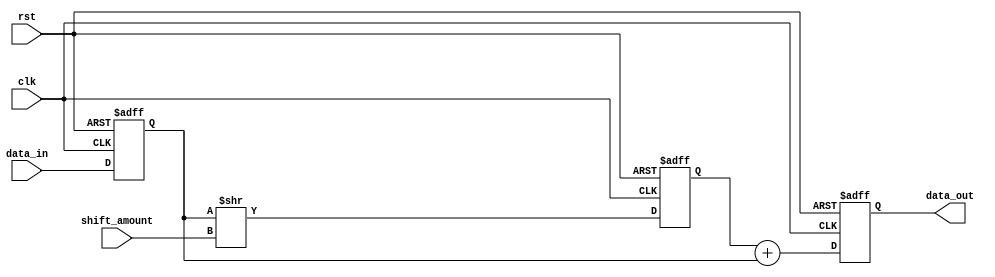
module fixed_point_shift_register(
    input wire clk,
    input wire rst,
    input wire [7:0] shift_amount,
    input wire [15:0] data_in,
    output wire [15:0] data_out
);

reg [15:0] data_reg;
reg [15:0] shift_reg;
reg [15:0] output_reg;

always @(posedge clk or posedge rst) begin
    if(rst) begin
        data_reg <= 16'd0;
        shift_reg <= 16'd0;
        output_reg <= 16'd0;
    end else begin
        data_reg <= data_in;
        shift_reg <= data_reg >> shift_amount;
        output_reg <= shift_reg + data_reg; // Example arithmetic operation, can be changed to subtraction or customized
    end
end

assign data_out = output_reg;

endmodule